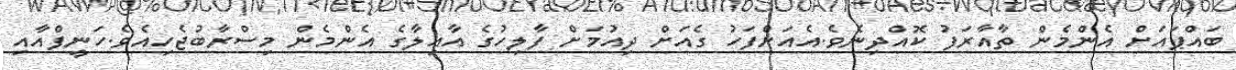
ބައްޕައަށް އެންމެން ތާއާރަފު ކޮއްދިނެވެ.އެއަށްފަހު ގެއަށް ދިއުމަށް ފާލިހުގެ އާއިލާގެ އެންމެން މިސްރާބުޖެހިއެވެ.ހަނީފްއާއި